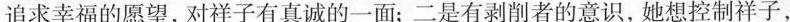
追求幸福的愿望，对祥子有真诚的一面；二是有剥削者的意识，她想控制祥子，